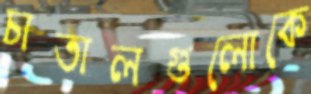
চাতালগুলোকে